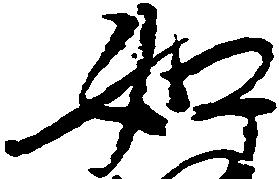
如